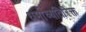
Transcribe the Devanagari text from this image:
धर्माव्यतिरिक्त